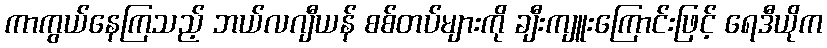
ကာကွယ်နေကြသည့် ဘယ်လဂျီယန် စစ်တပ်များကို ချီးကျူးကြောင်းဖြင့် ရေဒီယိုက